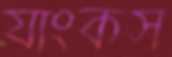
যাংকস